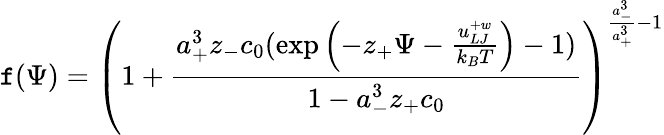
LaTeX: \mathtt{f}(\Psi)=\left(1+\frac{{a_{+}^{3}z_{-}c_{0}(\exp\left(-z_{+}\Psi-\frac{{u_{LJ}^{+w}}}{{k_{B}T}}\right)-1)}}{{1-a_{-}^{3}z_{+}c_{0}}}\right)^{\frac{{a_{-}^{3}}}{{a_{+}^{3}}}-1}